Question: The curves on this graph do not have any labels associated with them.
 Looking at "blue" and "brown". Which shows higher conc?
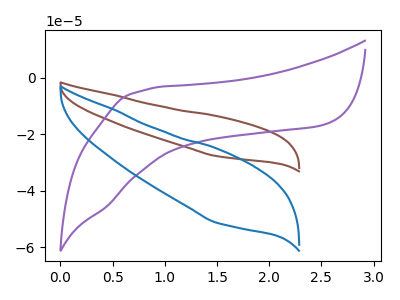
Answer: <think>The brown curve "brown" has no peaks. The purple curve "purple" has no peaks. The blue curve "blue" has no peaks.
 Neither "blue" or "brown" have any peaks.</think>
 <answer>I cant tell if "blue" or "brown" has higher concentration.</answer>
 <eval>mixed_concentration</eval>